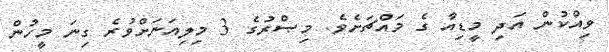
ވިއްކުން އަދި މީޑިއާ ގެ މައްޗަށެވެ. މިޞްރުގެ 3 މިލިއަނަށްވުރެ ގިނަ މީހުން